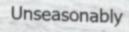
Unseasonably